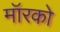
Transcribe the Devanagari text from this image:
मॉरको